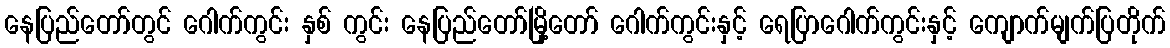
နေပြည်တော်တွင် ဂေါက်ကွင်း နှစ် ကွင်း နေပြည်တော်မြို့တော် ဂေါက်ကွင်းနှင့် ရေပြာဂေါက်ကွင်းနှင့် ကျောက်မျက်ပြတိုက်